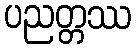
ပညတ္တဿ